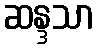
ဆန္ဒသာ